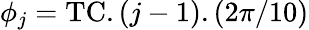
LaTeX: \phi_{j}=\mathrm{TC}.(j-1).(2\pi/10)